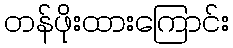
တန်ဖိုးထားကြောင်း